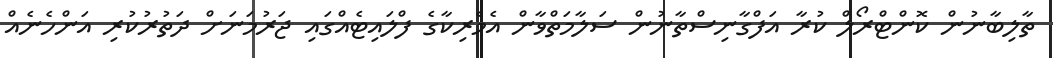
ތާލިބާނުން ކޮންޓްރޯލް ކުރާ އަފްގާނިސްތާނުން ސަލާމަތްވާން އެމެރިކާގެ ފްލައިޓެއްގައި ޖަރުމަނަށް ދަތުރުކުރި އަންހެނެއް